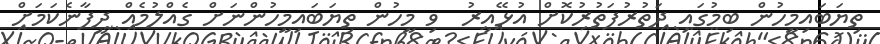
ތިޔަބައިމީހުން ބިމުގައި ދަތުރުފަތުރުކޮށް އުޅޭއިރު  ވި މީހުން ތިޔަބައިމީހުންނަށް ގެއްލުމެއް ދީފާނެކަމަށް